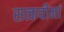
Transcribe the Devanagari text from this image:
सत्कवीनां